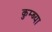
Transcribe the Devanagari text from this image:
कुम्ब्या